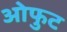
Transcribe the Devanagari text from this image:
ओफुट